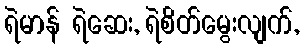
ရဲမာန် ရဲဆေး, ရဲစိတ်မွေးလျက်,